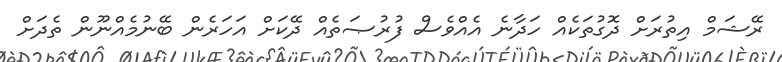
ރޭޝަމް އިތުރަށް ދޮގުތަކެއް ހަދާނެ އެއްވެސް ފުރުޞަތެއް ދޭކަށް އަހަރެން ބޭނުމެއްނޫން ތެދަށް